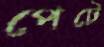
পেটে